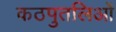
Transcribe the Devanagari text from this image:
कठपुतलिओं